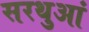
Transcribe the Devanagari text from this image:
सरथुआं